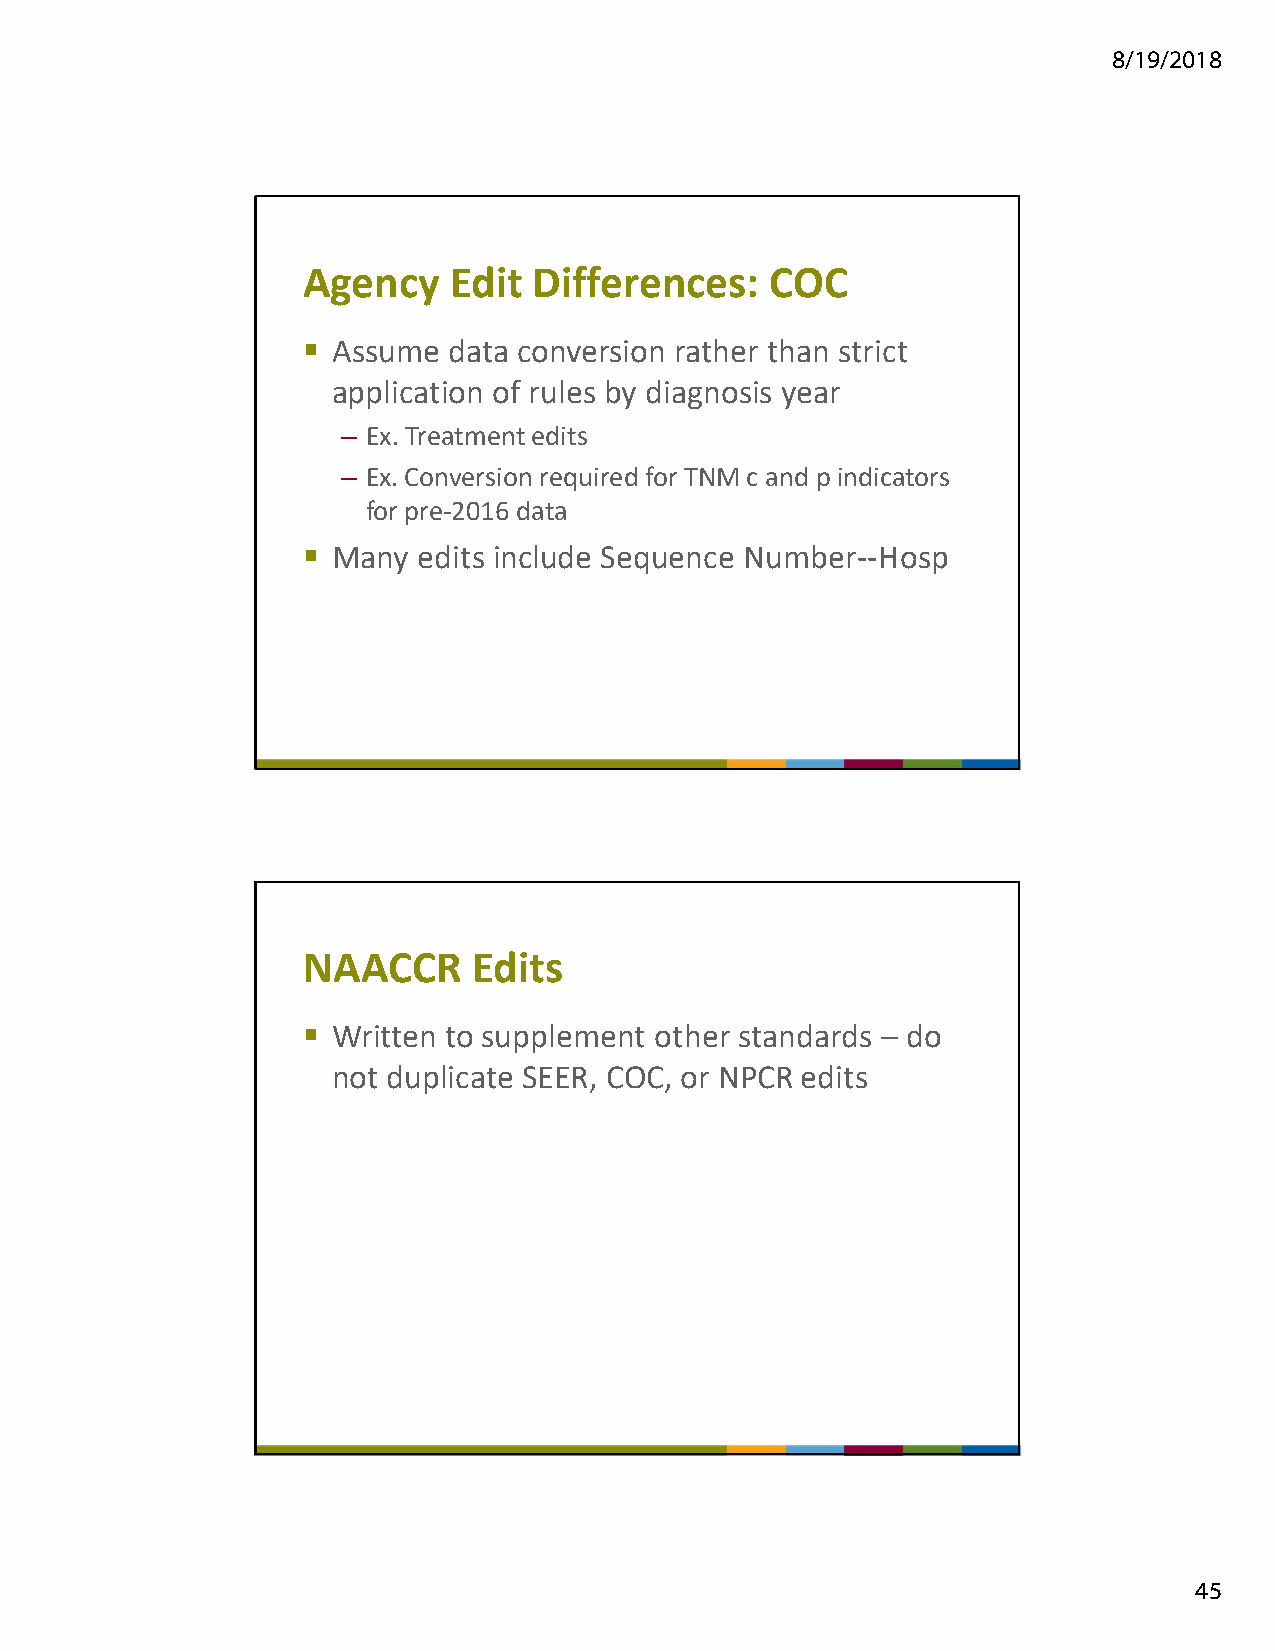
8/19/2018
 Agency    Edit Differences:    COC
  Assume  data conversion rather than strict
 application of rules by diagnosis year
 – Ex. Treatment edits
 – Ex. Conversion required for TNM c and p indicators
 for pre-2016 data
  Many  edits include Sequence Number--Hosp
 NAACCR     Edits
  Written to supplement other standards – do
 not duplicate SEER, COC, or NPCR edits
 45